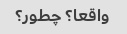
واقعا؟ چطور؟